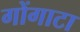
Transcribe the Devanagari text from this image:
गोंगाटा